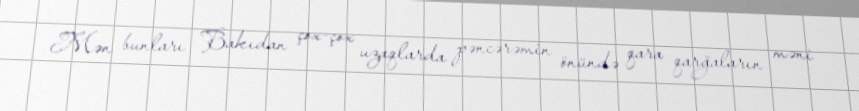
Mən bunları Bakıdan çox-çox uzaqlarda pəncərəmin önündə qara qarğaların məni